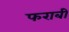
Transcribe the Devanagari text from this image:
फराबी